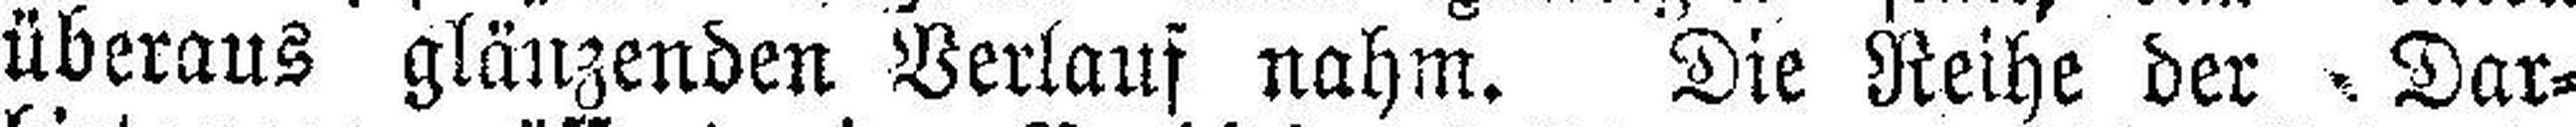
überaus glänzenden Verlauf nahm. Die Reihe der. Dar¬